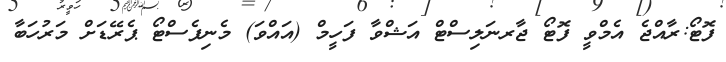
ފޮޓޯ:ރާއްޖެ އެމްވީ ފޮޓޯ ޖާރނަލިސްޓް އަޝްވާ ފަހީމް (އައްވަ) މެނިފެސްޓޯ ޕެރޭޑަށް މަރުހަބާ